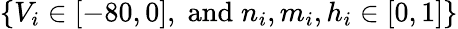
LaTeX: \{ V_{i}\in[-80,0],\; \textrm{and}\; n_{i},m_{i},h_{i}\in[0,1]\}